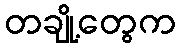
တချို့တွေက